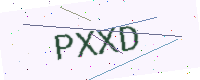
Text: PXXD